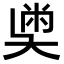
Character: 𡙀